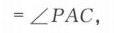
\(=\angle PAC\)